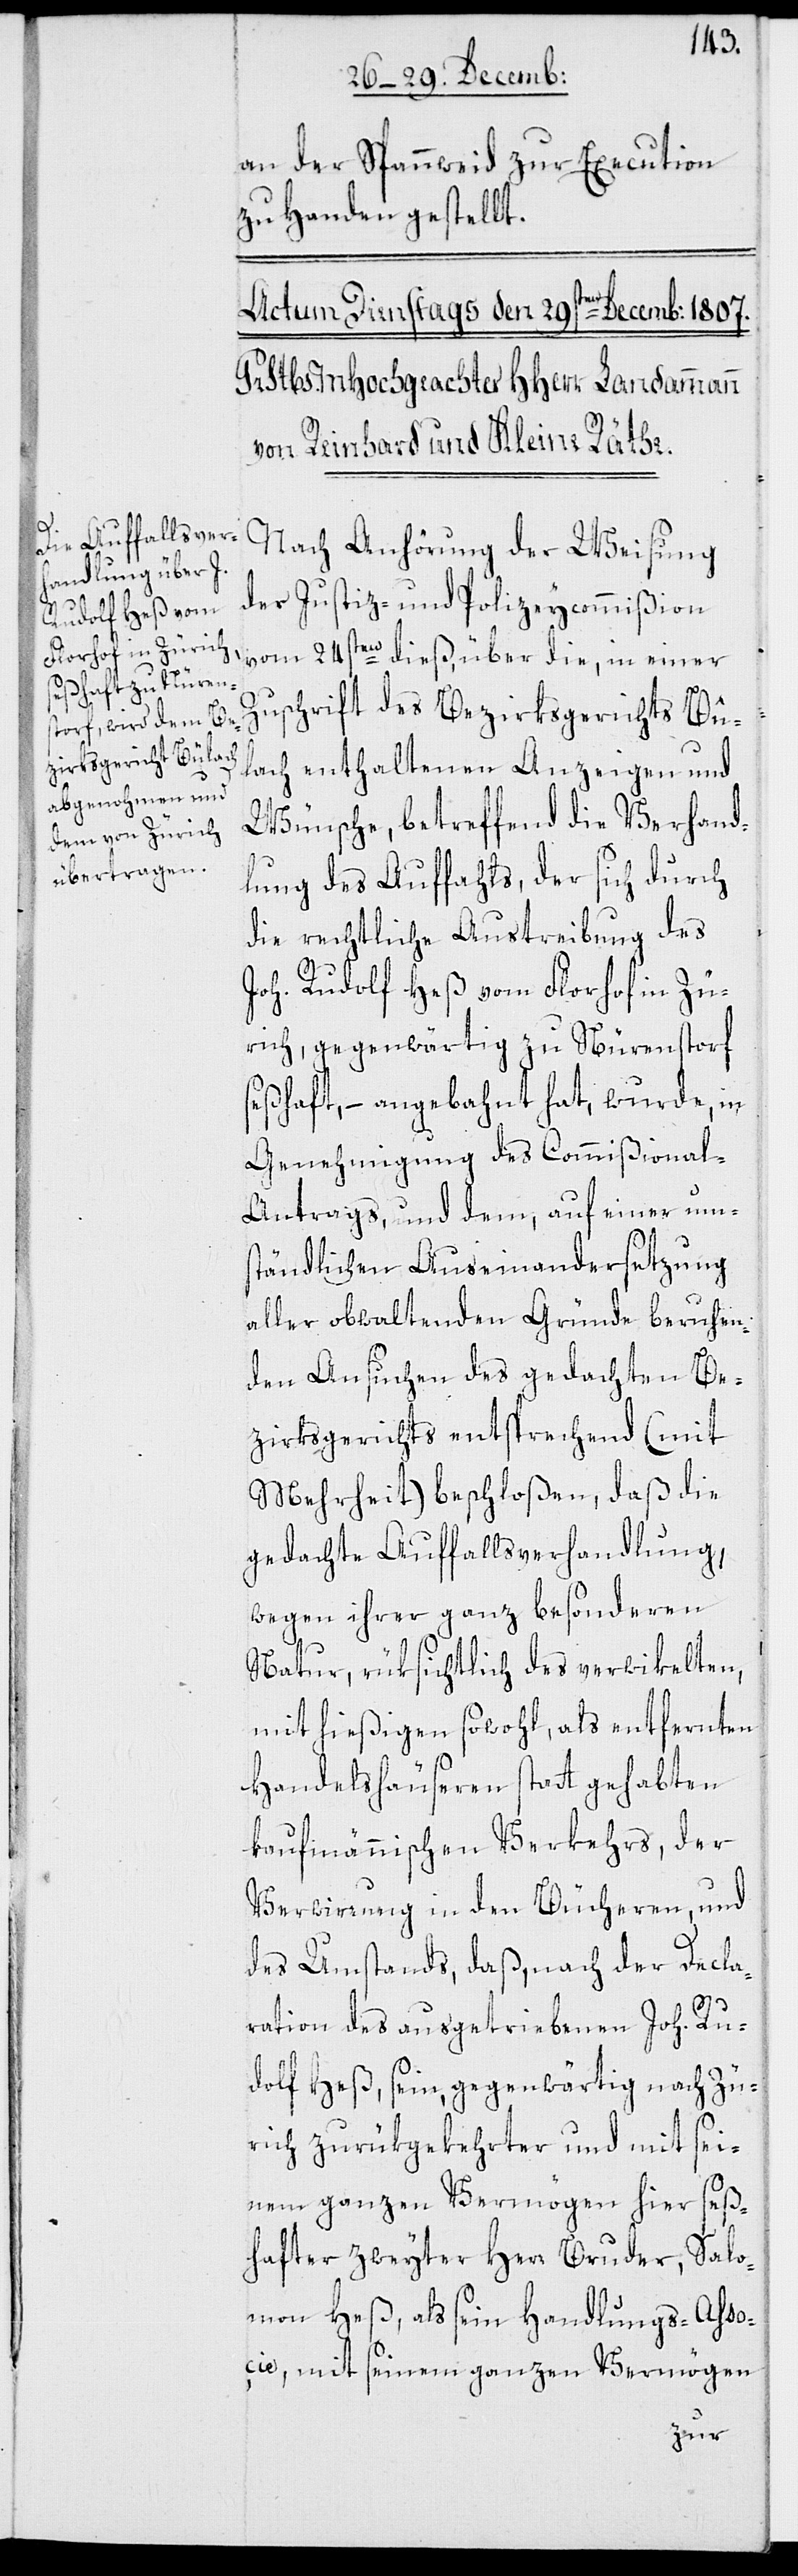
an der Spannweid zur Execution
zu Handen gestellt.
Nach Anhörung der Weisung
der Justiz- und Polizeycommißion
vom 24sten dieß, über die, in einer
Zuschrift des Bezirksgerichts Bü¬
lach enthaltenen Anzeigen und
Wünsche, betreffend die Verhand¬
lung des Auffahls, der sich durch
die rechtliche Austreibung des
Joh. Rudolf Heß vom Florhof in Zü¬
rich, gegenwärtig zu Nürenstorf
seßhaft, – angebahnt hat, wurde in
Genehmigung des Commißional-A¬
ntrags und dem, auf einer ums¬
tändlichen Auseinandersetzung
aller obwaltenden Gründe beruhen¬
den Ansuchen des gedachten Be¬
zirksgerichts entsprechend (mit
Mehrheit) beschloßen, daß die
gedachte Auffahlsverhandlung,
wegen ihrer ganz besonderen
Natur, rüksichtlich des verwikelten,
mit hießigen sowohl, als entfernten
Handelshäuseren statt gehabten
kaufmännischen Verkehrs, der
Verwirrung in den Bücheren, und
des Umstands, daß, nach der Decla¬
ration des ausgetriebenen Joh. Ru¬
dolf Heß, sein, gegenwärtig nach Zü¬
rich zurükgekehrter und mit sei¬
nem ganzen Vermögen hier seß¬
hafter zweyter Herr Bruder, Salo¬
mon Heß, als sein Handlungs-Asso¬
çié, mit seinem ganzen Vermögen